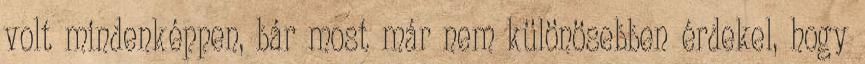
volt mindenképpen, bár most már nem különösebben érdekel, hogy